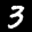
Label: 3